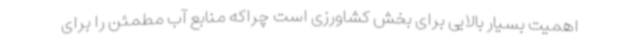
اهمیت بسیار بالایی برای بخش کشاورزی است چراکه منابع آب مطمئن را برای